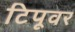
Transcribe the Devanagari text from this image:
टिपूवर